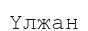
Үлжан